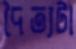
দৈত্যটা